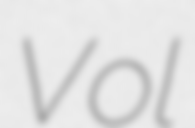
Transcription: Vol